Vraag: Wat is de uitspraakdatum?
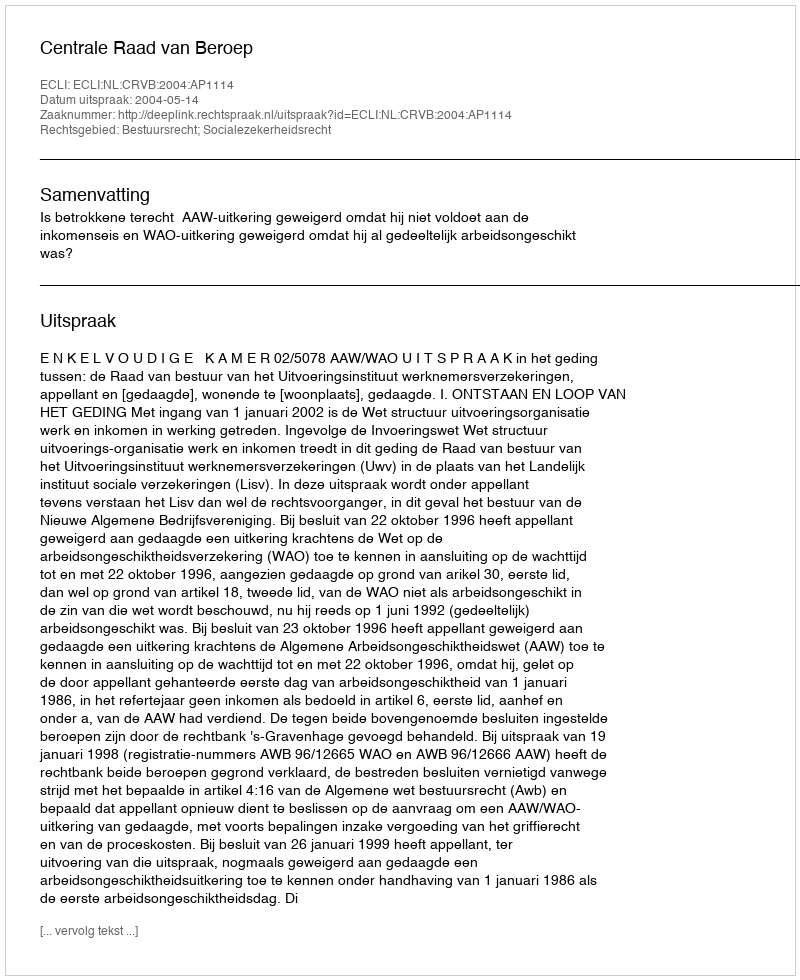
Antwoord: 2004-05-14